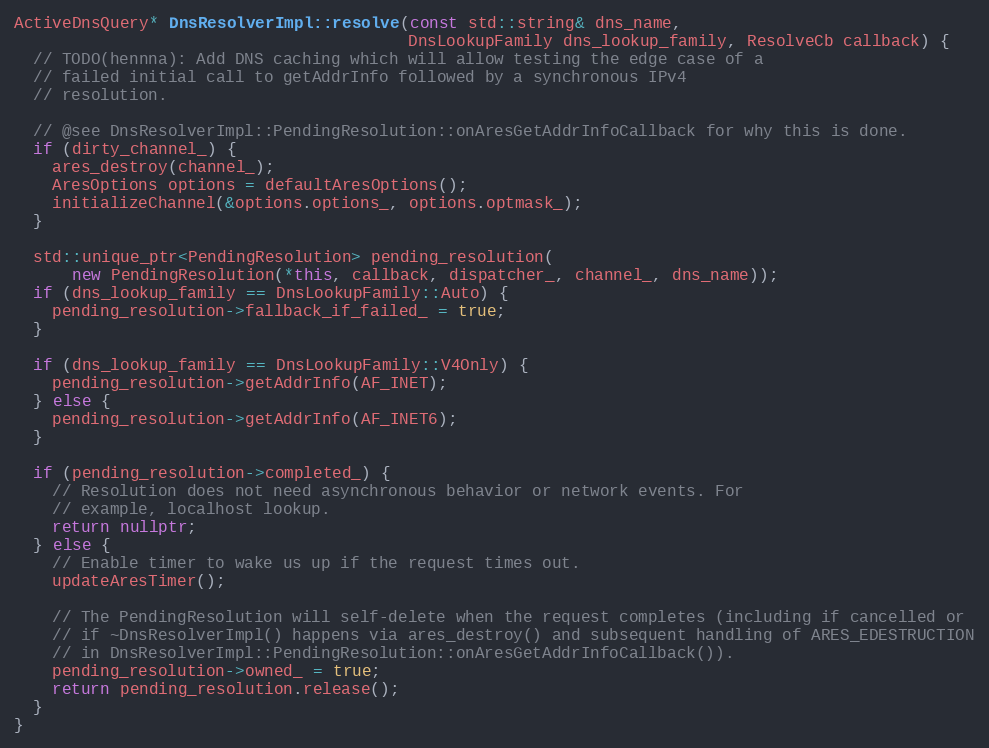
Language: C++
ActiveDnsQuery* DnsResolverImpl::resolve(const std::string& dns_name,
                                         DnsLookupFamily dns_lookup_family, ResolveCb callback) {
  // TODO(hennna): Add DNS caching which will allow testing the edge case of a
  // failed initial call to getAddrInfo followed by a synchronous IPv4
  // resolution.

  // @see DnsResolverImpl::PendingResolution::onAresGetAddrInfoCallback for why this is done.
  if (dirty_channel_) {
    ares_destroy(channel_);
    AresOptions options = defaultAresOptions();
    initializeChannel(&options.options_, options.optmask_);
  }

  std::unique_ptr<PendingResolution> pending_resolution(
      new PendingResolution(*this, callback, dispatcher_, channel_, dns_name));
  if (dns_lookup_family == DnsLookupFamily::Auto) {
    pending_resolution->fallback_if_failed_ = true;
  }

  if (dns_lookup_family == DnsLookupFamily::V4Only) {
    pending_resolution->getAddrInfo(AF_INET);
  } else {
    pending_resolution->getAddrInfo(AF_INET6);
  }

  if (pending_resolution->completed_) {
    // Resolution does not need asynchronous behavior or network events. For
    // example, localhost lookup.
    return nullptr;
  } else {
    // Enable timer to wake us up if the request times out.
    updateAresTimer();

    // The PendingResolution will self-delete when the request completes (including if cancelled or
    // if ~DnsResolverImpl() happens via ares_destroy() and subsequent handling of ARES_EDESTRUCTION
    // in DnsResolverImpl::PendingResolution::onAresGetAddrInfoCallback()).
    pending_resolution->owned_ = true;
    return pending_resolution.release();
  }
}